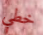
خطي